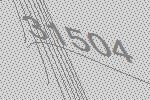
31504